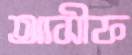
আসীফ